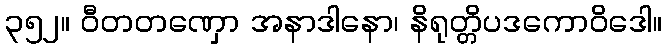
၃၅၂။ ဝီတတဏှော အနာဒါနော၊ နိရုတ္တိပဒကောဝိဒေါ။